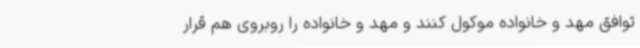
توافق مهد و خانواده موکول کنند و مهد و خانواده را روبروی هم قرار